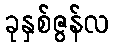
ခုနှစ်ဇွန်လ